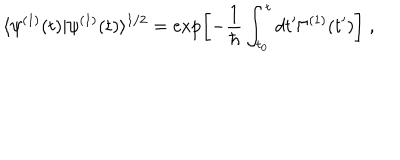
\langle \psi ^ { ( 1 ) } ( t ) | \psi ^ { ( 1 ) } ( t ) \rangle ^ { 1 / 2 } = \exp \left[ - \frac { 1 } { \hbar } \int _ { t _ { 0 } } ^ { t } d t ^ { \prime } \Gamma ^ { ( 1 ) } ( t ^ { \prime } ) \right] \; ,